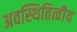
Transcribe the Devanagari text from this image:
अवस्थितित्वीय